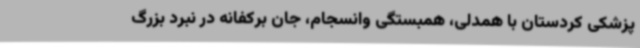
پزشکی کردستان با همدلی، همبستگی وانسجام، جان برکفانه در نبرد بزرگ